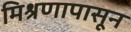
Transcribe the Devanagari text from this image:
मिश्रणापासून